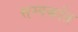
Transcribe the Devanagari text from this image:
सम्पर्कात